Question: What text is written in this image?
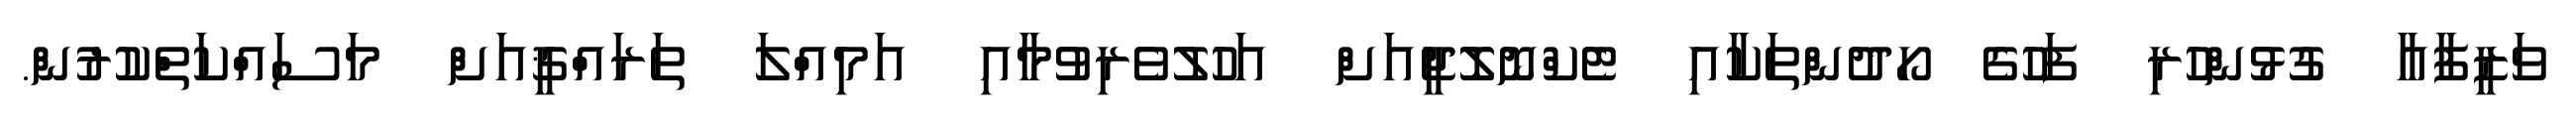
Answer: ވަޒީފާއާ ގުޅުންހުރި ފަހުގެ ހޯދުންތަކާއި ޓެކްނޮލޮޖީއަށް އަހުލުވެރިވުމާއި އަމިއްލަ ތަރައްޤީއަށް މަސައްކަތްކުރުން.